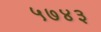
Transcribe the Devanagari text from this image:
५७४३